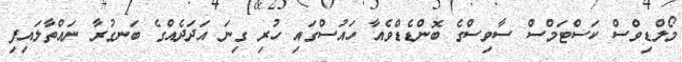
މޯލްޑިވްސް ކަސްޓަމްސް ސާވިސްގެ ބޮންޑެޑްވެއާ ހައުސްގައި ހުރި ގިނަ އަދަދެއްގެ ބަނގުރާ ނައްތާލައިފި